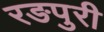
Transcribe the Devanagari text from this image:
रङपुरी